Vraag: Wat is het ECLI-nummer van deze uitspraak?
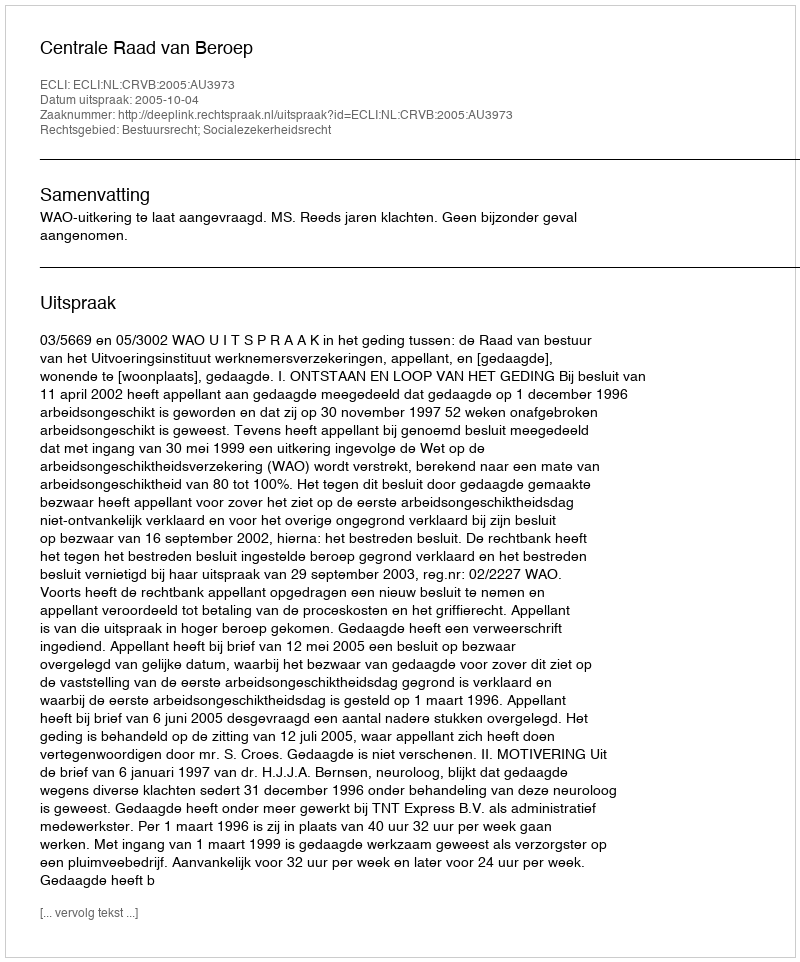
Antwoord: ECLI:NL:CRVB:2005:AU3973